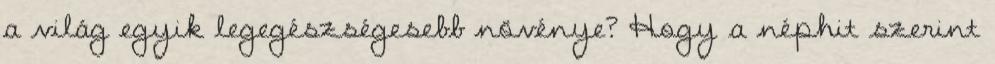
a világ egyik legegészségesebb növénye? Hogy a néphit szerint